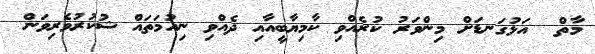
މާތް  އަޅުގަނޑަށް މިންވަރު ކުރެއްވި ކާމިޔާބީއާއި ދެއްވި ނިއުމަތައް ޝުކުރުވެރިވަން